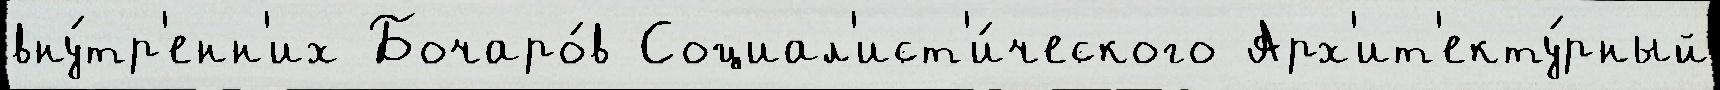
вну́тр'енн'их Бочаро́в Социал'ист'и́ческого Арх'ит'екту́рный